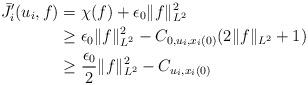
LaTeX: \begin{align*}\bar J'_i (u_i, f)& = \chi(f)+\epsilon_0\|f \|^2_{L^2}\\&\ge {\epsilon_0}\|f\|^2_{L^2} -C_{0,u_i, x_i(0)}(2\|f\|_{L^2}+1)\\&\ge \frac{\epsilon_0}{2}\|f\|^2_{L^2} -C_{u_i, x_i(0)}\end{align*}